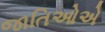
જાતિઓએ